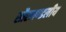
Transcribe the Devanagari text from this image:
सौरमण्डलीय